Lunatic asylums Punjab 1868-1880 - 1868-1880
Year: 1868
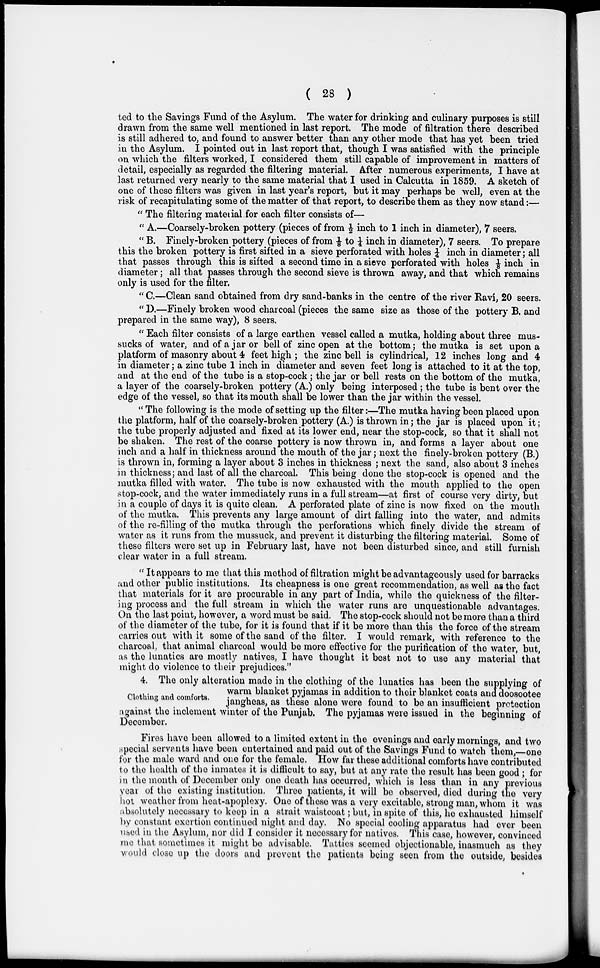
( 28 )
ted to the Savings Fund of the Asylum. The water for drinking and culinary purposes is still
drawn from the same well mentioned in last report. The mode of filtration there described
is still adhered to, and found to answer better than any other mode that has yet been tried
in the Asylum. I pointed out in last report that, though I was satisfied with the principle
on which the filters worked, I considered them still capable of improvement in matters of
detail, especially as regarded the filtering material. After numerous experiments, I have at
last returned very nearly to the same material that I used in Calcutta in 1859. A sketch of
one of these filters was given in last year's report, but it may perhaps be well, even at the
risk of recapitulating some of the matter of that report, to describe them as they now stand:—
" The filtering material for each filter consists of—
" A.—Coarsely-broken pottery (pieces of from 1/2 inch to 1 inch in diameter), 7 seers.
" B. Finely-broken pottery (pieces of from 1/8 to ¼ inch in diameter), 7 seers. To prepare
this the broken pottery is first sifted in a sieve perforated with holes 1/4 inch in diameter; all
that passes through this is sifted a second time in a sieve perforated with holes 1/8 inch in
diameter ; all that passes through the second sieve is thrown away, and that which remains
only is used for the filter.
" C.—Clean sand obtained from dry sand-banks in the centre of the river Ravi , 20 seers.
" D.—Finely broken wood charcoal (pieces the same size as those of the pottery B. and
prepared in the same way), 8 seers.
" Each filter consists of a large earthen vessel called a mutka , holding about three mus-
sucks of water, and of a jar or bell of zinc open at the bottom; the mutka is set upon a
platform of masonry about 4 feet high ; the zinc bell is cylindrical, 12 inches long and 4
in diameter ; a zinc tube 1 inch in diameter and seven feet long is attached to it at the top,
and at the end of the tube is a stop-cock ; the jar or bell rests on the bottom of the mutka ,
a layer of the coarsely-broken pottery (A.) only being interposed ; the tube is bent over the
edge of the vessel, so that its mouth shall be lower than the jar within the vessel.
" The following is the mode of setting up the filter :—The mutka having been placed upon
the platform, half of the coarsely-broken pottery (A.) is thrown in ; the jar is placed upon it ;
the tube properly adjusted and fixed at its lower end, near the stop-cock, so that it shall not
be shaken. The rest of the coarse pottery is now thrown in, and forms a layer about one
inch and a half in thickness around the mouth of the jar ; next the finely-broken pottery (B.)
is thrown in, forming a layer about 3 inches in thickness ; next the sand, also about 3 inches
in thickness; and last of all the charcoal. This being done the stop-cock is opened and the
mutka filled with water. The tube is now exhausted with the mouth applied to the open
stop-cock, and the water immediately runs in a full stream—at first of course very dirty, but
in a couple of days it is quite clean. A perforated plate of zinc is now fixed on the mouth
of the mutka. This prevents any large amount of dirt falling into the water, and admits
of the re-filling of the mutka through the perforations which finely divide the stream of
water as it runs from the mussuck, and prevent it disturbing the filtering material. Some of
these filters were set up in February last, have not been disturbed since, and still furnish
clear water in a full stream.
" It appears to me that this method of filtration might be advantageously used for barracks
and other public institutions. Its cheapness is one great recommendation, as well as the fact
that materials for it are procurable in any part of India, while the quickness of the filter-
ing process and the full stream in which the water runs are unquestionable advantages.
On the last point, however, a word must be said. The stop-cock should not be more than a third
of the diameter of the tube, for it is found that if it be more than this the force of the stream
carries out with it some of the sand of the filter. I would remark, with reference to the
charcoal, that animal charcoal would be more effective for the purification of the water, but,
as the lunatics are mostly natives, I have thought it best not to use any material that
might do violence to their prejudices."
Clothing and comforts.
4. The only alteration made in the clothing of the lunatics has been the supplying of
warm blanket pyjamas in addition to their blanket coats and doosootee
jangheas, as these alone were found to be an insufficient protection
against the inclement winter of the Punjab. The pyjamas were issued in the beginning of
December.
Fires have been allowed to a limited extent in the evenings and early mornings, and two
special servants have been entertained and paid out of the Savings Fund to watch them,—one
for the male ward and one for the female. How far these additional comforts have contributed
to the health of the inmates it is difficult to say, but at any rate the result has been good ; for
in the month of December only one death has occurred, which is less than in any previous
year of the existing institution. Three patients, it will be observed, died during the very
hot weather from heat-apoplexy. One of these was a very excitable, strong man , whom it was
absolutely necessary to keep in a strait waistcoat ; but, in spite of this, he exhausted himself
by constant exertion continued night and day. No special cooling apparatus had ever been
used in the Asylum, nor did I consider it necessary for natives. This case, however, convinced
me that sometimes it might be advisable. Tatties seemed objectionable, inasmuch as they
would close up the doors and prevent the patients being seen from the outside, besides